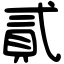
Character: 貳